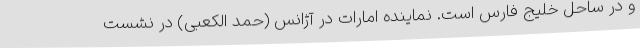
و در ساحل خلیج فارس است. نماینده امارات در آژانس (حمد الکعبی) در نشست